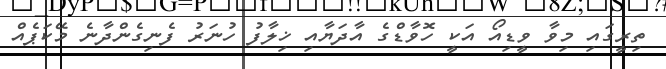
ތިރީގައި މިވާ ވީޑިއޯ އަކީ ހޮވާޑްގެ އާދަޔާއި ޚިލާފު ހުނަރު ފެނިގެންދާނެ މޭކަޕެއް